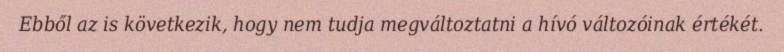
Ebből az is következik, hogy nem tudja megváltoztatni a hívó változóinak értékét.